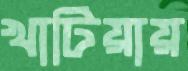
খাটিয়ায়